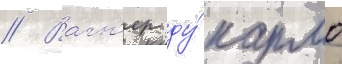
// Вагн'ер ду́ кармо